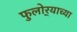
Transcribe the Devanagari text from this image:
फुलोर्‍याच्या